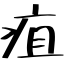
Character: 疽